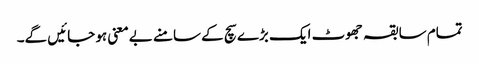
تمام سابقہ جھوٹ ایک بڑے سچ کے سامنے بےمعنی ہو جائیں گے۔